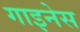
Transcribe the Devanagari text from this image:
गाइनेस